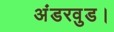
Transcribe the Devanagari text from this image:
अंडरवुड।